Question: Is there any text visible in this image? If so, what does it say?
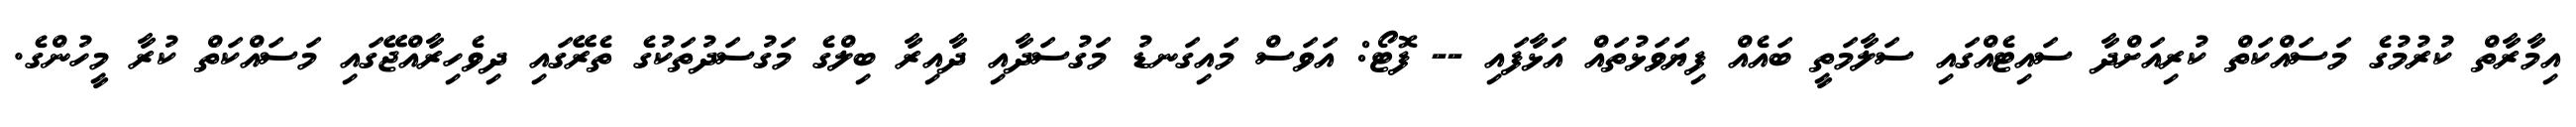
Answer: އިމާރާތް ކުރުމުގެ މަސައްކަތް ކުރިއަށްދާ ސައިޓެއްގައި ސަލާމަތީ ބައެއް ފިޔަވަޅުތައް އަޅާފައި -- ފޮޓޯ: އަވަސް މައިގަނޑު މަގުސަދާއި ދާއިރާ ބިލްގެ މަގުސަދުތަކުގެ ތެރޭގައި ދިވެހިރާއްޖޭގައި މަސައްކަތް ކުރާ މީހުންގެ.